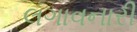
લગાવનારી